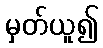
မှတ်ယူ၍